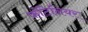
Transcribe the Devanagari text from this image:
फोंटेनियर